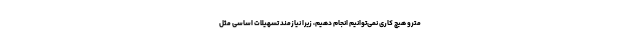
مترو هیچ کاری نمی‌توانیم انجام دهیم، زیرا نیازمند تسهیلات اساسی مثل